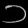
Digit: ၁